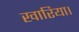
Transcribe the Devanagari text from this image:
खारिया।